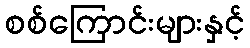
စစ်ကြောင်းများနှင့်